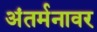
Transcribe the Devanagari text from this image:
अंतर्मनावर